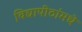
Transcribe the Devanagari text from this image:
विद्यापीठांमधे